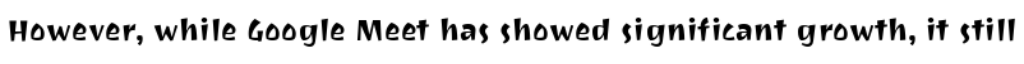
However, while Google Meet has showed significant growth, it still